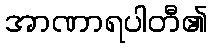
အာဏာရပါတီ၏